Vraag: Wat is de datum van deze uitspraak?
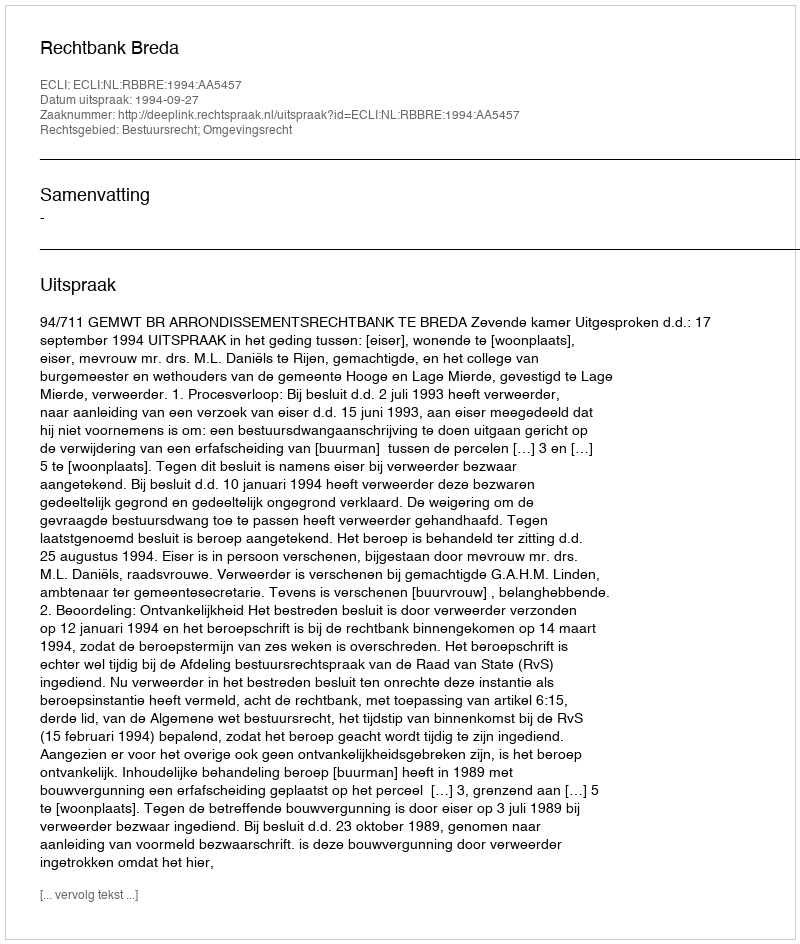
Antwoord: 1994-09-27